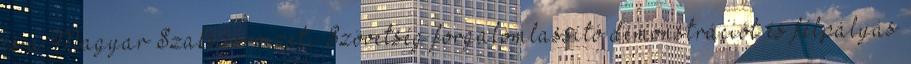
és a Magyar Szakszervezeti Szövetség forgalomlassító demonstrációt és félpályás